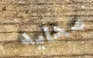
محايد